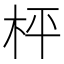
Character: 枰